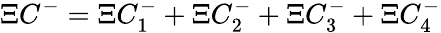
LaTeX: \Xi C^{-}=\Xi C_{1}^{-}+\Xi C_{2}^{-}+\Xi C_{3}^{-}+\Xi C_{4}^{-}